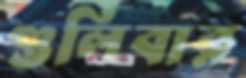
গুলিবার